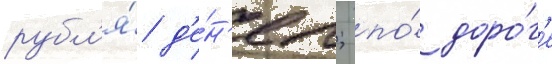
рубл'я́ д'е́н'ег; по́ доро́г'е